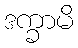
ဒက္ခာမိ